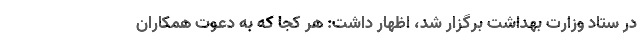
در ستاد وزارت بهداشت برگزار شد، اظهار داشت: هر کجا که به دعوت همکاران